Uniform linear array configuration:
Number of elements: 48
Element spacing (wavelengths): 1
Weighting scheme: uniform
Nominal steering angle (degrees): -60
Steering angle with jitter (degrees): -60.275
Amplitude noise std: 0.05
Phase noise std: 0.05

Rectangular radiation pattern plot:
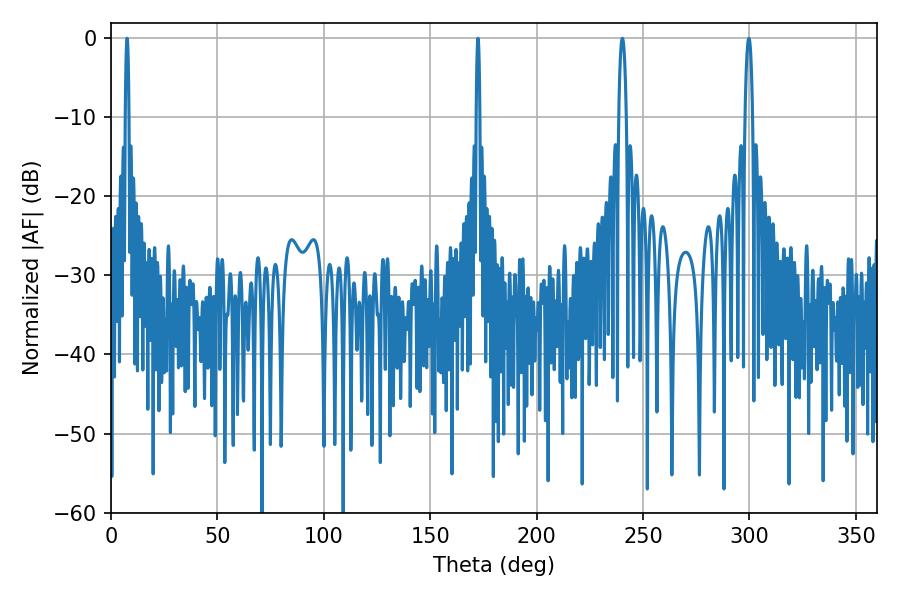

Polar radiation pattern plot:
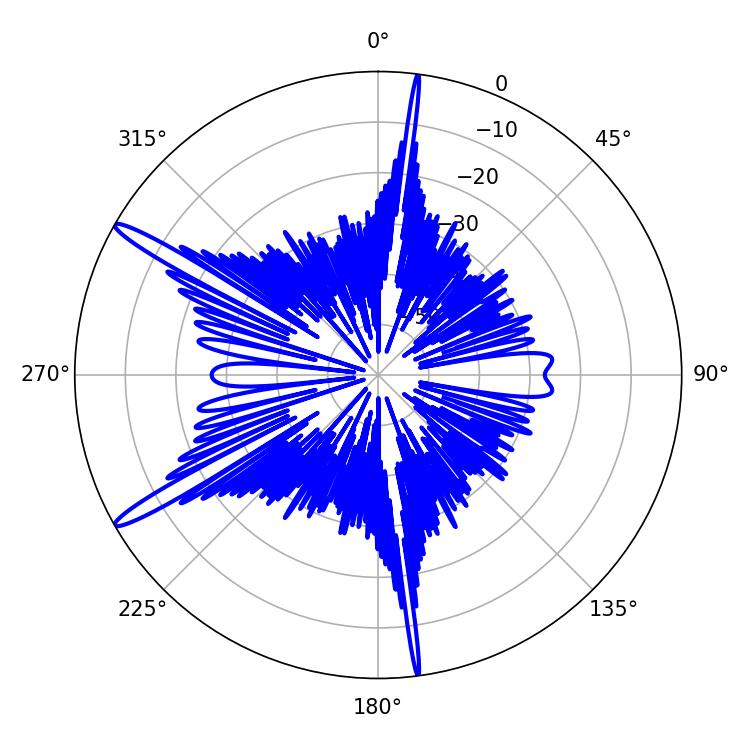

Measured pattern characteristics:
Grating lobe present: TRUE
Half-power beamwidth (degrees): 0.72
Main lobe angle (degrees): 172.44